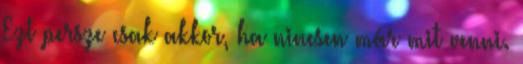
Ezt persze csak akkor, ha nincsen már mit venni.